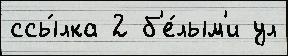
ссы́лка 2 б'е́лым'и ул